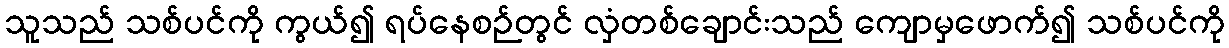
သူသည် သစ်ပင်ကို ကွယ်၍ ရပ်နေစဉ်တွင် လှံတစ်ချောင်းသည် ကျောမှဖောက်၍ သစ်ပင်ကို